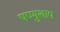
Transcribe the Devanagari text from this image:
षण्मुखाय